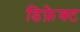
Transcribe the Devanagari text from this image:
डिफ़ेक्ट